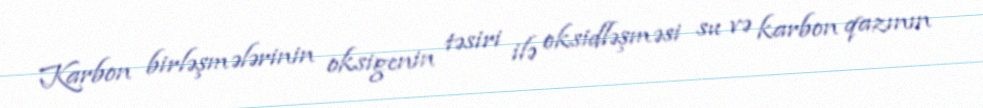
Karbon birləşmələrinin oksigenin təsiri ilə oksidləşməsi su və karbon qazının